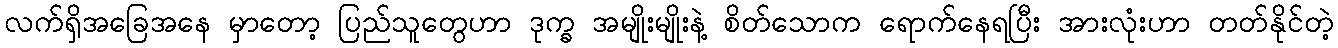
လက်ရှိအခြေအနေ မှာတော့ ပြည်သူတွေဟာ ဒုက္ခ အမျိုးမျိုးနဲ့ စိတ်သောက ရောက်နေရပြီး အားလုံးဟာ တတ်နိုင်တဲ့